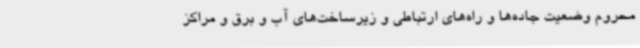
محروم وضعیت جاده‌ها و راه‌های ارتباطی و زیرساخت‌های آب و برق و مراکز